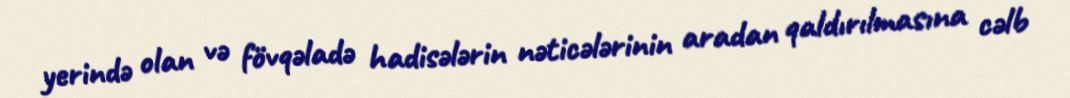
yerində olan və fövqəladə hadisələrin nəticələrinin aradan qaldırılmasına cəlb